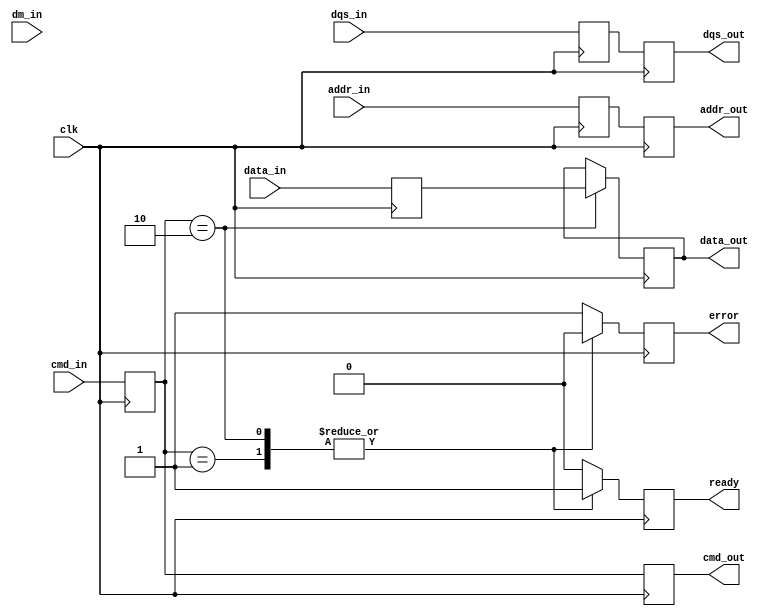
module ddr5_io_block (
    input wire clk,                   // High-frequency clock input
    input wire [63:0] data_in,       // 64-bit data input from memory controller
    input wire [7:0] dqs_in,         // Data strobe input (DQS)
    input wire [7:0] dm_in,          // Data mask input (DM)
    input wire [3:0] cmd_in,         // Command input (e.g., read, write)
    input wire [15:0] addr_in,       // Address input
    output wire [63:0] data_out,     // 64-bit data output to DDR5 memory
    output wire [7:0] dqs_out,       // Data strobe output (DQS)
    output wire [3:0] cmd_out,       // Command output
    output wire [15:0] addr_out,     // Address output
    output wire ready,                // Ready signal for memory operations
    output wire error                 // Error signal for error correction
);

    // Internal signals
    reg [63:0] data_buffer;
    reg [7:0] dqs_buffer;
    reg [3:0] cmd_buffer;
    reg [15:0] addr_buffer;
    reg ready_reg;
    reg error_reg;

    // Input Buffer
    always @(posedge clk) begin
        data_buffer <= data_in;
        dqs_buffer <= dqs_in;
        cmd_buffer <= cmd_in;
        addr_buffer <= addr_in;
    end

    // Command Decoder
    always @(posedge clk) begin
        case (cmd_buffer)
            4'b0001: begin // Example: Read command
                // Handle read operation
                ready_reg <= 1'b1;
                error_reg <= 1'b0; // Assume no error for simplicity
            end
            4'b0010: begin // Example: Write command
                // Handle write operation
                data_out <= data_buffer; // Drive data to output
                ready_reg <= 1'b1;
                error_reg <= 1'b0; // Assume no error for simplicity
            end
            default: begin
                ready_reg <= 1'b0;
                error_reg <= 1'b1; // Indicate error for unknown command
            end
        endcase
    end

    // Output Buffer
    always @(posedge clk) begin
        dqs_out <= dqs_buffer; // Drive DQS output
        cmd_out <= cmd_buffer; // Drive command output
        addr_out <= addr_buffer; // Drive address output
    end

    // Ready and Error Signals
    assign ready = ready_reg;
    assign error = error_reg;

endmodule